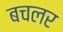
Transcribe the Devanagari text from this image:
बचलर